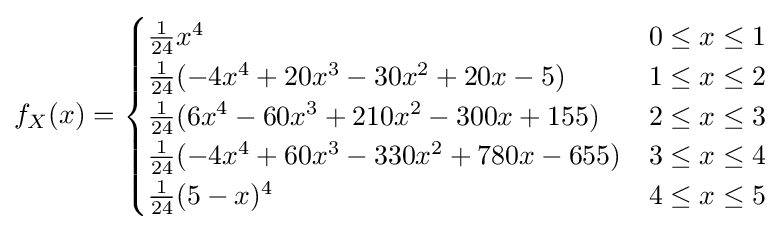
f_{X}(x)={\begin{cases}{\frac {1}{24}}x^{4}&0\leq x\leq 1\\{\frac {1}{24}}(-4x^{4}+20x^{3}-30x^{2}+20x-5)&1\leq x\leq 2\\{\frac {1}{24}}(6x^{4}-60x^{3}+210x^{2}-300x+155)&2\leq x\leq 3\\{\frac {1}{24}}(-4x^{4}+60x^{3}-330x^{2}+780x-655)&3\leq x\leq 4\\{\frac {1}{24}}(5-x)^{4}&4\leq x\leq 5\end{cases}}